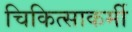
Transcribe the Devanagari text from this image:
चिकित्साकर्मी